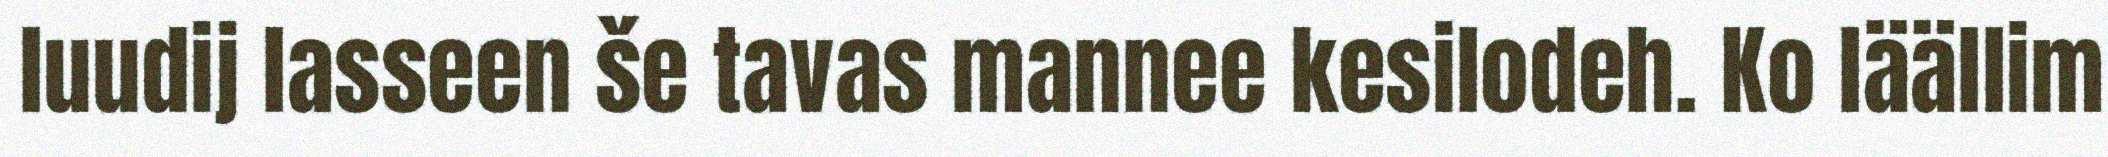
luudij lasseen še tavas mannee kesilodeh. Ko läällim